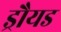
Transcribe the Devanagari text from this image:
ड्रौयड